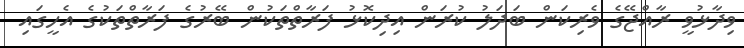
ވިދާޅުވީ ރާއްޖޭގެ ވެރިކަން ބަދަލު ކުރަން އިދިކޮޅު ފަރާތްތަކުން ބޭރުގެ ފަރާތްތަކުގެ އެހީގައި